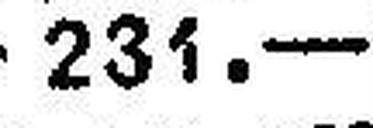
231.—